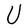
Character: U